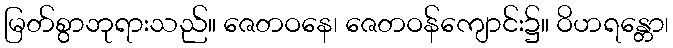
မြတ်စွာဘုရားသည်။ ဇေတဝနေ၊ ဇေတဝန်ကျောင်း၌။ ဝိဟရန္တော၊